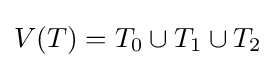
V(T)=T_{0}\cup T_{1}\cup T_{2}